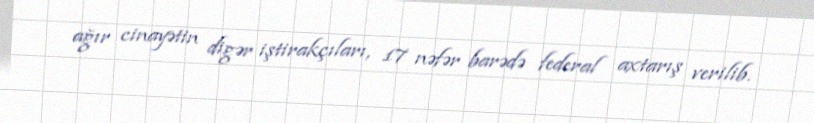
ağır cinayətin digər iştirakçıları, 17 nəfər barədə federal axtarış verilib.